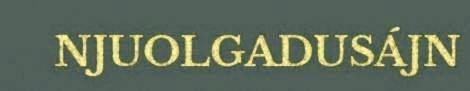
NJUOLGADUSÁJN